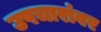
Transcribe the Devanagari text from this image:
उपचारांवर